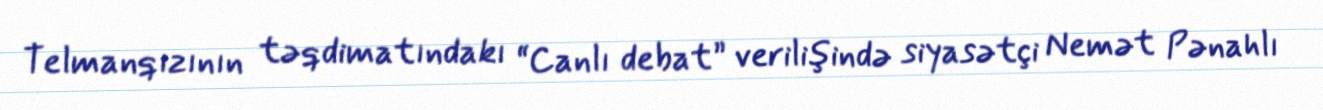
Telmanqızının təqdimatındakı “Canlı debat” verilişində siyasətçi Nemət Pənahlı